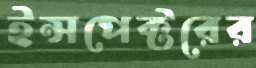
ইন্সপেক্টরের